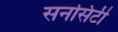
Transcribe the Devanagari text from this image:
सनसिटी